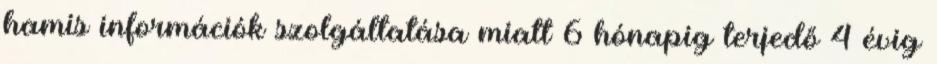
hamis információk szolgáltatása miatt 6 hónapig terjedő 4 évig